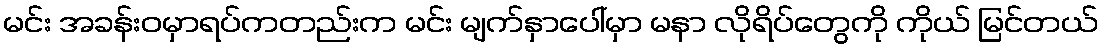
မင်း အခန်းဝမှာရပ်ကတည်းက မင်း မျက်နှာပေါ်မှာ မနာ လိုရိပ်တွေကို ကိုယ် မြင်တယ်